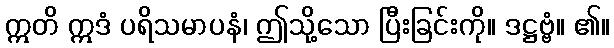
ဣတိ ဣဒံ ပရိသမာပနံ၊ ဤသို့သော ပြီးခြင်းကို။ ဒဋ္ဌဗ္ဗံ။ ၏။